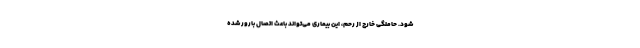
شود. حاملگی خارج از رحم، این بیماری می‌تواند باعث اتصال بارور شده